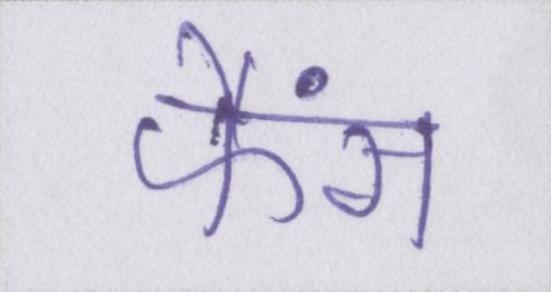
फैंस